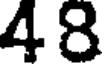
48